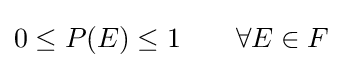
0\leq P(E)\leq 1\qquad \forall E\in F